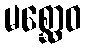
မစ္ဆောဝ